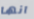
انها